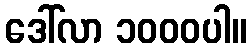
ဒေါ်လာ ၁၀၀၀ပါ။